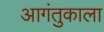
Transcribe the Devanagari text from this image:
आगंतुकाला